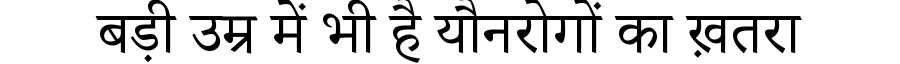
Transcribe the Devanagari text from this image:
बड़ी उम्र में भी है यौनरोगों का ख़तरा